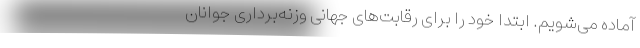
آماده می‌شویم. ابتدا خود را برای رقابت‌های جهانی وزنه‌برداری جوانان